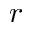
r